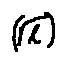
( \sqrt { l } )